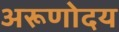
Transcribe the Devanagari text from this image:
अरूणोदय